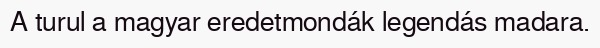
A turul a magyar eredetmondák legendás madara.